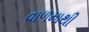
વાળમાથી